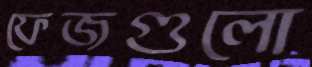
ফেজগুলো